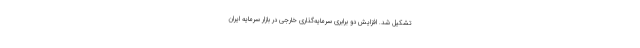
تشکیل شد. افزایش دو برابری سرمایه‌گذاری خارجی در بازار سرمایه ایران